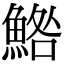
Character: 鯦